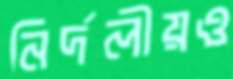
নির্দলীয়ও